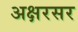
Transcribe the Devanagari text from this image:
अक्षरसर